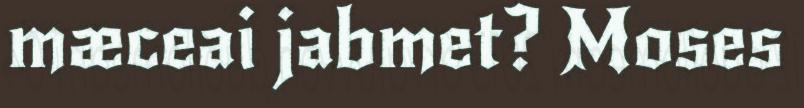
mæceai jabmet? Moses